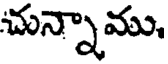
చున్నాము,